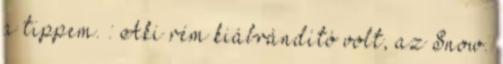
a tippem. : Aki rém kiábrándító volt, az Snow.